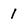
Character: 1